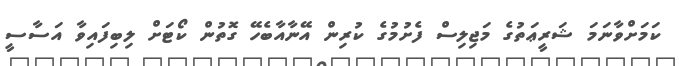
ކަމަށްވާނަމަ ޝަރީޢަތުގެ މަޖިލިސް ފެށުމުގެ ކުރިން އޭނާއާބެހޭ ގޮތުން ކޯޓަށް ލިބިފައިވާ އަސާސީ